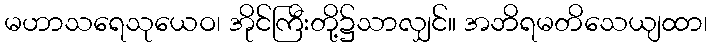
မဟာသရေသုယေဝ၊ အိုင်ကြီးတို့၌သာလျှင်။ အဘိရမတိသေယျထာ၊